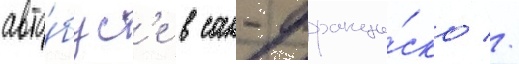
авто́бус'е в сан-франци́ско //